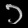
Digit: ၁